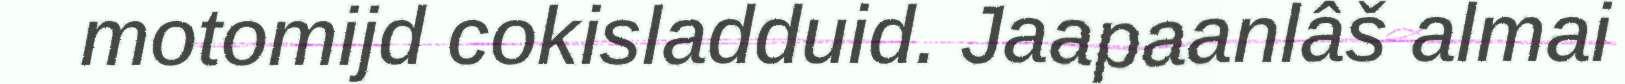
motomijd cokisladduid. Jaapaanlâš almai